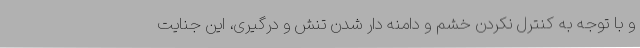
و با توجه به کنترل نکردن خشم و دامنه دار شدن تنش و درگیری، این جنایت